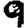
Digit: 9